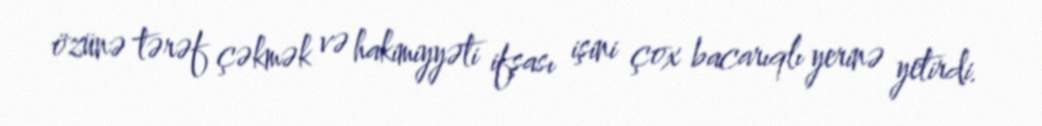
özünə tərəf çəkmək və hakimiyyəti ifşası işini çox bacarıqlı yerinə yetirdi.